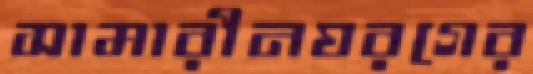
সামারীনঘরগের